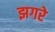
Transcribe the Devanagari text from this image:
झगरे